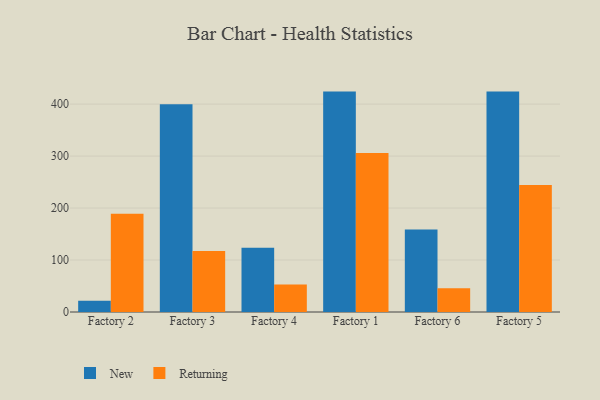
{"axis": {"x": "Factory", "y": "Headcount"}, "legend": ["New", "Returning"], "data": [{"x": "Factory 2", "y": 21.5, "type": "New"}, {"x": "Factory 2", "y": 189.0, "type": "Returning"}, {"x": "Factory 3", "y": 399.6, "type": "New"}, {"x": "Factory 3", "y": 117.5, "type": "Returning"}, {"x": "Factory 4", "y": 123.6, "type": "New"}, {"x": "Factory 4", "y": 52.8, "type": "Returning"}, {"x": "Factory 1", "y": 424.1, "type": "New"}, {"x": "Factory 1", "y": 306.0, "type": "Returning"}, {"x": "Factory 6", "y": 158.8, "type": "New"}, {"x": "Factory 6", "y": 45.7, "type": "Returning"}, {"x": "Factory 5", "y": 424.1, "type": "New"}, {"x": "Factory 5", "y": 244.3, "type": "Returning"}]}